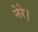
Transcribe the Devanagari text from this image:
नेरे।